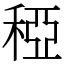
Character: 稏